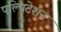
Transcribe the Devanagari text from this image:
पल्पिटेशन